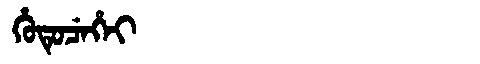
Manchu: ᡥᡠᡨᡠᠴᡝᡥᡝᡳ
Romanization: HUTUCEHEI